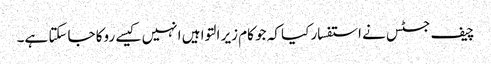
چیف جسٹس نے استفسار کیا کہ جو کام زیر التوا ہیں انہیں کیسے روکا جاسکتا ہے۔